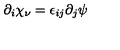
\partial _ { i } \chi _ { \nu } = \epsilon _ { i j } \partial _ { j } \psi